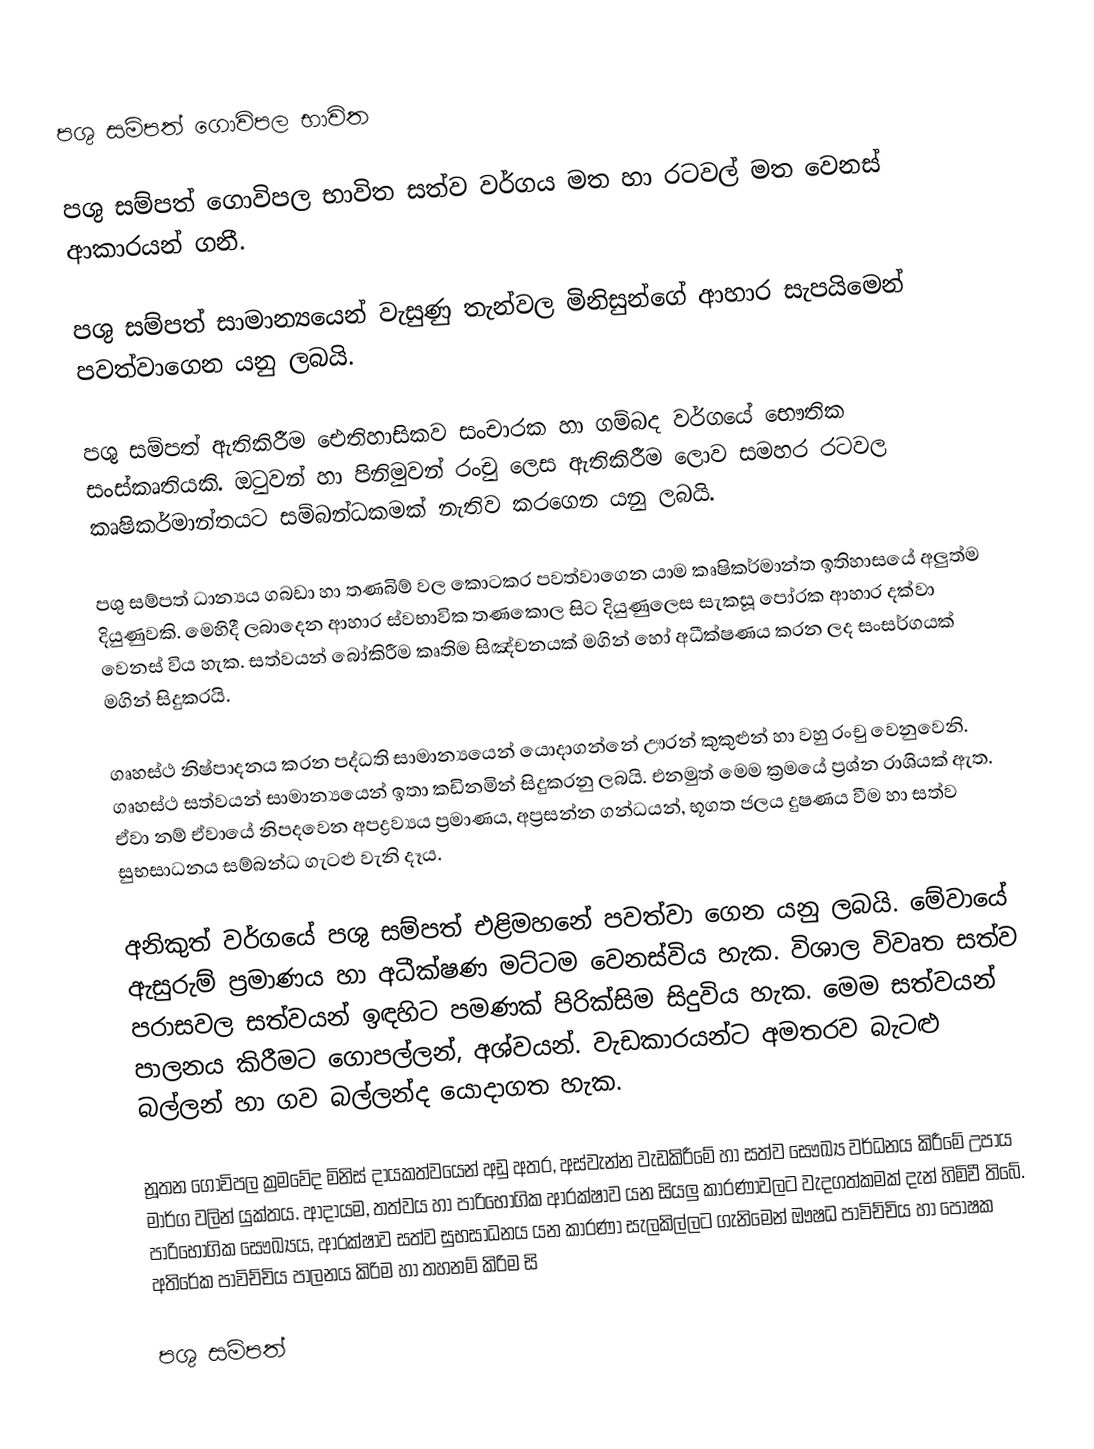
පශු සම්පත් ගොවිපල භාවිත

පශු සම්පත් ගොවිපල භාවිත සත්ව වර්ගය මත හා රටවල් මත වෙනස් ආකාරයන් ගනී.

පශු සම්පත් සාමාන්‍යයෙන් වැසුණු තැන්වල මිනිසුන්ගේ ආහාර සැපයිමෙන් පවත්වාගෙන යනු ලබයි.

පශු සම්පත් ඇතිකිරීම ඓතිහාසිකව සංචාරක හා ගම්බද වර්ගයේ භෞතික සංස්කෘතියකි. ඔටුවන් හා පිනිමුවන් රංචු ලෙස ඇතිකිරීම ලොව සමහර රටවල කෘෂිකර්මාන්තයට සම්බන්ධකමක් නැතිව කරගෙන යනු ලබයි.

පශු සම්පත් ධාන්‍යය ගබඩා හා තණබිම් වල කොටකර පවත්වාගෙන යාම කෘෂිකර්මාන්ත ඉතිහාසයේ අලුත්ම දියුණුවකි. මෙහිදී ලබාදෙන ආහාර ස්වභාවික තණකොල සිට දියුණුලෙස සැකසූ ‍පෝරක ආහාර දක්වා වෙනස් විය හැක. සත්වයන් බෝකිරීම කෘතිම සිඤ්චනයක් මගින් හෝ අධීක්ෂණය කරන ලද සංසර්ගයක් මගින් සිදුකරයි.

ගෘහස්ථ නිෂ්පාදනය කරන පද්ධති සාමාන්‍යයෙන් යොදාගන්නේ ඌරන් කුකුළුන් හා වහු රංචු වෙනුවෙනි. ගෘහස්ථ සත්වයන් සාමාන්‍යයෙන් ඉතා කඩිනමින් සිදුකරනු ලබයි. එනමුත් මෙම ක්‍රමයේ ප්‍රශ්න රාශියක් ඇත. ඒවා නම් ඒවායේ නිපදවෙන අපද්‍රව්‍යය ප්‍රමාණය, අප්‍රසන්න ගන්ධයන්, භූගත ජලය දුෂණය වීම හා සත්ව සුභසාධනය සම්බන්ධ ගැටළු වැනි දෑය.

අනිකුත් වර්ගයේ පශු සම්පත් එළිමහනේ පවත්වා‍ ගෙන යනු ලබයි. මේවායේ ඇසුරුම් ප්‍රමාණය හා අධීක්ෂණ මට්ටම වෙනස්විය හැක. විශාල විවෘත සත්ව පරාසවල සත්වයන් ඉඳහිට පමණක් පිරික්සිම සිදුවිය හැක. මෙම සත්වයන් පාලනය කිරීමට ‍ගොපල්ලන්, අශ්වයන්. වැඩකාරයන්ට අමතරව බැටළු බල්ලන් හා ගව බල්ලන්ද යොදාගත හැක.

නූතන ගොවිපල ක්‍රමවේද මිනිස් දායකත්වයෙන් අඩු අතර, අස්වැන්න වැඩකිරීමේ හා සත්ව සෞඛ්‍ය වර්ධනය කිරීමේ උපාය මාර්ග වලින් යුක්තය. ආදායම, තත්වය හා පාරිභෝගික ආරක්ෂාව යන සියලු කාරණාවලට වැදගත්කමක් දැන් හිමිවී තිබේ. පාරිභෝගික සෞඛ්‍යය, ආරක්ෂාව සත්ව සුභසාධනය යන කාරණා සැලකිල්ලට ගැනිමෙන් ඖෂධ පාවිච්චිය හා පෝෂක අතිරේක පාවිච්චිය පාලනය කිරිම හා තහනම් කිරිම සි

පශු සම්පත්